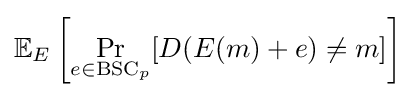
\mathbb {E} _{E}\left[\Pr _{e\in {\text{BSC}}_{p}}[D(E(m)+e)\neq m]\right]